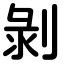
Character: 剝